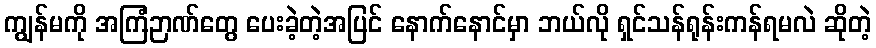
ကျွန်မကို အကြံဉာဏ်တွေ ပေးခဲ့တဲ့အပြင် နောက်နောင်မှာ ဘယ်လို ရှင်သန်ရုန်းကန်ရမလဲ ဆိုတဲ့